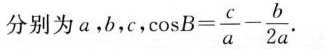
分别为a，b.c， $$\cosB= \frac{c}{a}- \frac{b}{2a}$$